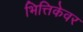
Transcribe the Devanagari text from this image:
भित्तिकेवर